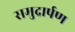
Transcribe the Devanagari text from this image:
समुद्रार्पण